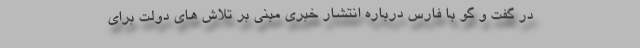
در گفت و گو با فارس درباره انتشار خبری مبنی بر تلاش های دولت برای